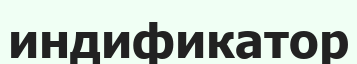
индификатор